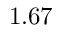
1 . 6 7